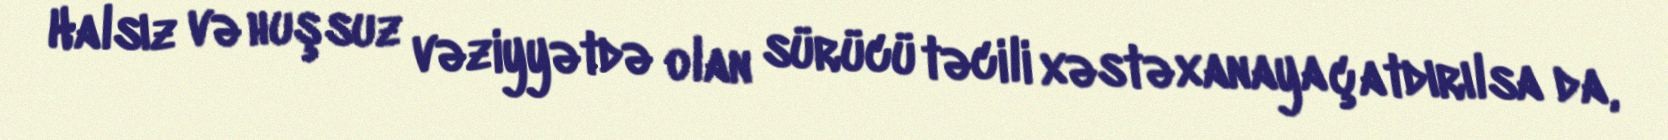
Halsız və huşsuz vəziyyətdə olan sürücü təcili xəstəxanaya çatdırılsa da,